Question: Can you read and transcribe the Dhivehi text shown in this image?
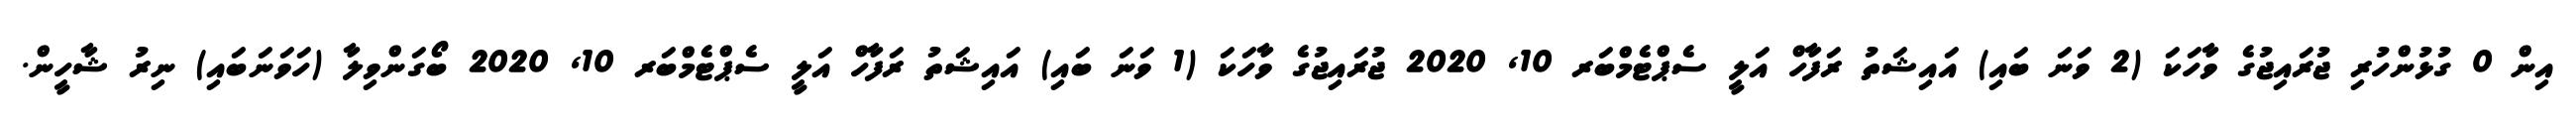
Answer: އިން 0 ގުޅުންހުރި ޖުރައިޖުގެ ވާހަކަ (2 ވަނަ ބައި) އައިޝަތު ރަފާހް އަލީ ސެޕްޓެމްބަރ 10, 2020 ޖުރައިޖުގެ ވާހަކަ (1 ވަނަ ބައި) އައިޝަތު ރަފާހް އަލީ ސެޕްޓެމްބަރ 10, 2020 ބޯގަންވިލާ (ހަވަނަބައި) ނިރު ޝާހީން.